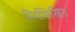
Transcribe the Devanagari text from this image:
निर्मलिखित